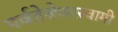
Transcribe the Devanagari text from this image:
पर्वतेश्रेवरस्वामी